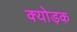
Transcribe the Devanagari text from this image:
क्योड़क